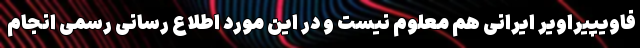
فاویپیراویر ایرانی هم معلوم نیست و در این مورد اطلاع رسانی رسمی انجام